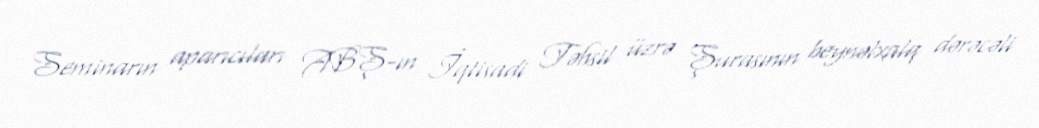
Seminarın aparıcıları ABŞ-ın İqtisadi Təhsil üzrə Şurasının beynəlxalq dərəcəli